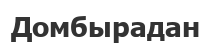
Домбырадан